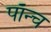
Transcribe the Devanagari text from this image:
पाँन्च